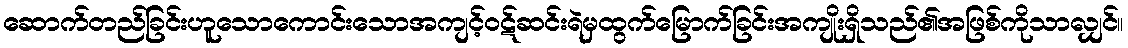
ဆောက်တည်ခြင်းဟူသောကောင်းသောအကျင့်ဝဋ်ဆင်းရဲမှထွက်မြောက်ခြင်းအကျိုးရှိသည်၏အဖြစ်ကိုသာလျှင်။